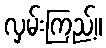
လှမ်းကြည့်။